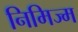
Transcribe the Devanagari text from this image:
निमिज्म